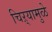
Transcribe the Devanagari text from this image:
चिऱ्यामुळे